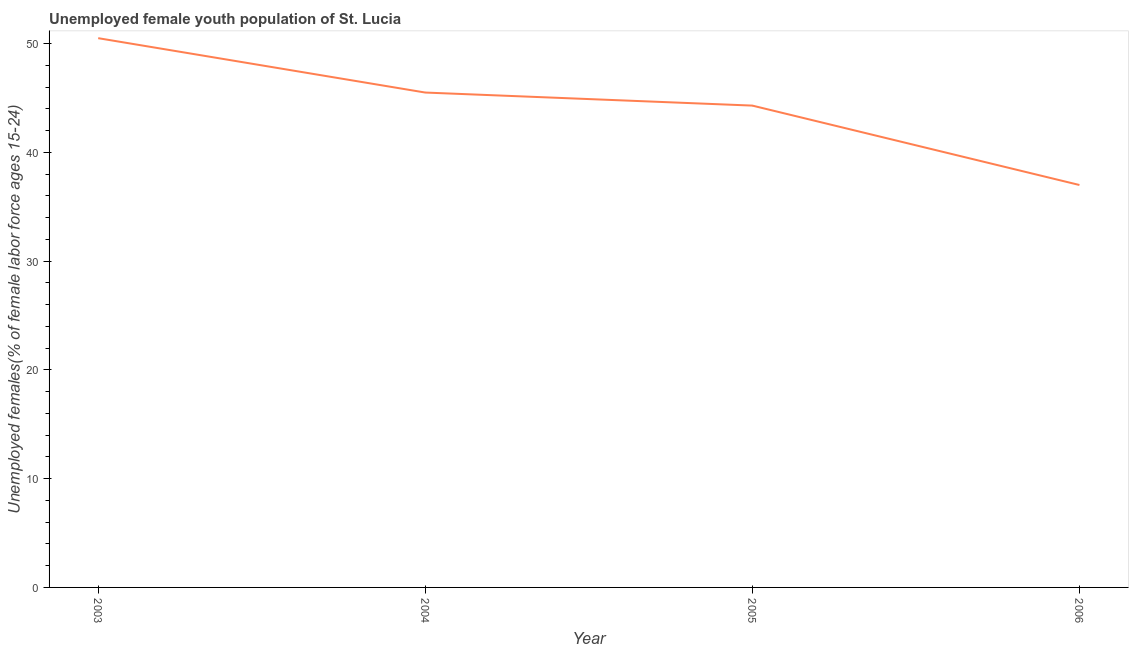
| Year | Unemployment youth female |
 | --- | --- |
 | 2003 | 50.5 |
 | 2004 | 45.5 |
 | 2005 | 44.3 |
 | 2006 | 37 |